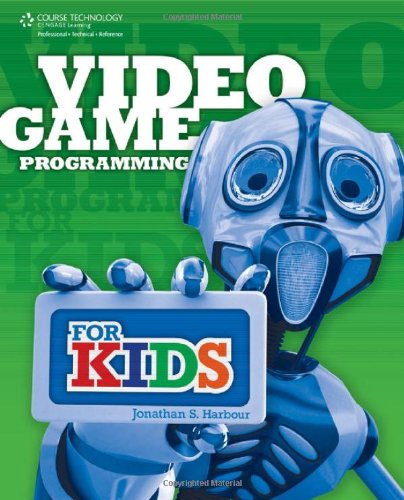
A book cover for Video Game Programming for Kids; Jonathan S. Harbour; Computers & Technology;